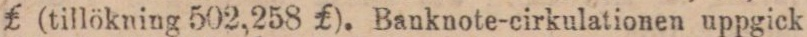
₤ (tillökning 502,258 ₤). Banknote-cirkulationen uppgick